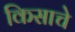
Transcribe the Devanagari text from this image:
किसाचे